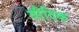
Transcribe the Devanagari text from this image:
वौदिक